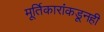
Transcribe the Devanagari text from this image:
मूर्तिकारांकडूनही